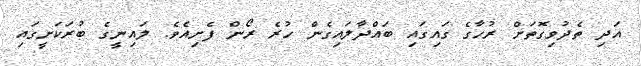
އަދި ތެދުވިގޮތަށް ރުހާގެ ގައިގައި ބައްދާލައިގެން ހުރެ ރޯން ފެށިއެވެ. ލައިނީގެ ބުރަކަށީގައި